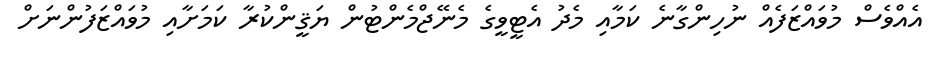
އެއްވެސް މުވައްޒަފެއް ނުހިންގާނެ ކަމާއި މެދު އެޓީވީގެ މެނޭޖްމެންޓުން ޔަޤީންކުރާ ކަމަށާއި މުވައްޒަފުންނަށް